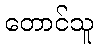
တောင်သူ